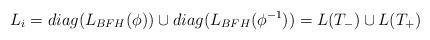
LaTeX: \begin{align*}L_i=diag(L_{BFH}(\phi))\cup diag(L_{BFH}(\phi^{-1}))=L(T_-)\cup L(T_+)\end{align*}